Leaving Certificate Examination, 1920
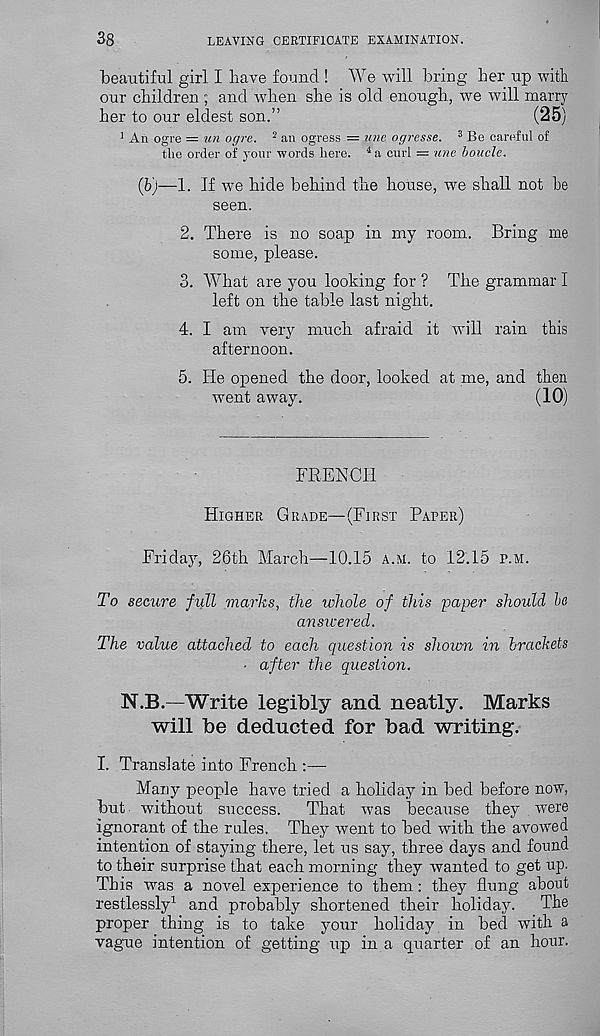
38
LEAVING CERTIFICATE EXAMINATION.
beautiful girl I have found ! We will bring her up with
our children ; and when she is old enough., we will marry
her to our eldest son.”
(25)
1 An ogre = un ogre. 2 an ogress = une ogresse. 3 Be careful of
the order of your words here. 4 a curl = une boucle.
(b)—1. If we hide behind the house, we shall not be
seen.
2. There is no soap in my room. Bring me
some, please.
3. What are you looking for ? The grammar I
left on the table last night.
4. I am very much afraid it will rain this
afternoon.
5. He opened the door, looked at me, and then
went away.
(10)
FRENCH
Higher Grade—(First Paper)
Friday, 26th March—10.15 a.m. to 12.15 p.m.
To secure full marks, the whole of this 'paper should bo
answered.
The value attached to each question is shown in brackets
■ after the question.
N.B.—Write legibly and neatly. Marks
will be deducted for bad writing.
I. Translate into French :—
Many people have tried a holiday in bed before now,
but without success.
That was because they were
ignorant of the rales. They went to bed with the avowed
intention of staying there, let us say, three days and found
to their surprise that each morning they wanted to get up.
This was a novel experience to them: they flung about
restlessly 1 and probably shortened their holiday.
The
proper thing is to take your holiday in bed with a
vague intention of getting up in a quarter of an hour.